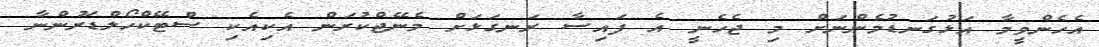
އެހެންވީމާ އަޅުގަނޑުމެންނަށް މި ޖެހެނީ އެ ފައިސާ ރަނގަޅަށް މެނޭޖްކުރަން އެކިއެކި ސްޓޭކްހޯލްޑަރުންނާ